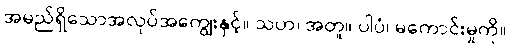
အမည်ရှိသောအလုပ်အကျွေးနှင့်။ သဟ၊ အတူ။ ပါပံ၊ မကောင်းမှုကို။